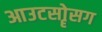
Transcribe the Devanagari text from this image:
आउटसोॄसग